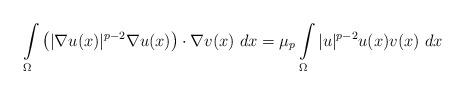
LaTeX: \begin{align*}\int\limits _{\Omega} \left(|\nabla u(x)|^{p-2}\nabla u(x)\right)\cdot\nabla v(x)~dx=\mu_p \int\limits _{\Omega}|u|^{p-2}u(x)v(x)~dx\end{align*}